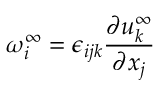
\omega _ { i } ^ { \infty } = \epsilon _ { i j k } \frac { \partial u _ { k } ^ { \infty } } { \partial x _ { j } }